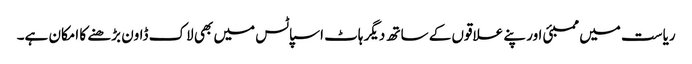
ریاست میں ممبئی اور پنے علاقوں کے ساتھ دیگر ہاٹ اسپاٹس میں بھی لاک ڈاون بڑھنے کا امکان ہے۔